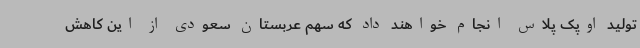
تولید اوپک پلاس انجام خواهند داد که سهم عربستان سعودی از این کاهش